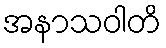
အနာသဝါတိ